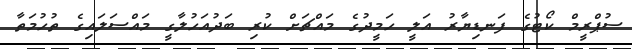
ސުޕްރީމް ކޯޓުގެ ފަނޑިޔާރު އަލީ ހަމީދުގެ މައްޗަށް ކުރި ބަދުއަހުލާގީ މައްސަލައިގެ ތުހުމަތާ